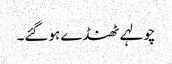
چولہے ٹھنڈے ہوگئے۔